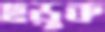
ছড়ুক